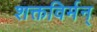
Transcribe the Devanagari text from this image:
शक्तविर्मन्